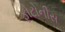
ફોટોનીસ